Report on sanitation, dispensaries, and jails in Rajputana for 1910, and on vaccination for the year 1910-1911 - 1910-1911
Year: 1910
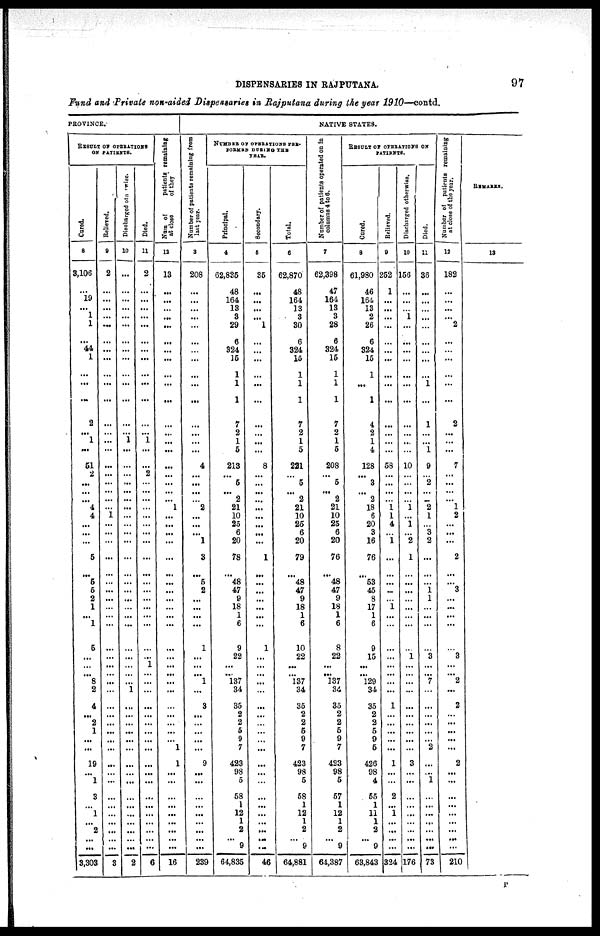
DISPENSARIES IN RAJPUTANA.
97
Fund and Private non-aided Dispensaries in Rajputana during the year 1910—contd.
PROVINCE.
RESULT OF OPERATIONS
ON PATIENTS.
Cured.
8
3,106
...
19
...
1
1
...
44
1
...
...
...
2
...
1
...
51
2
...
...
...
4
4
...
...
...
5
...
5
5
2
1
...
...
5
...
...
... 8
2
4
...
2
1
...
...
19
...
1
3
...
1
...
2
...
...
3,303
Relieved.
9
2
...
...
...
...
...
...
...
...
...
...
...
...
...
...
...
...
...
...
...
...
...
1
...
...
...
...
...
...
...
...
...
...
...
...
...
...
...
...
...
...
...
...
...
...
...
...
...
...
...
...
...
...
...
...
...
3
Discharged of n rwise.
10
...
...
...
...
...
...
...
...
...
...
...
...
...
...
1
...
...
...
...
...
...
...
...
...
...
...
...
...
...
...
...
...
...
...
...
...
...
...
...
1
...
...
...
...
...
...
...
...
...
...
...
...
...
...
...
...
2
Died.
11
2
...
...
...
...
...
...
...
...
...
...
...
...
...
1
...
...
2
...
...
...
...
...
...
...
...
...
...
...
...
...
...
...
...
...
...
1
...
...
...
...
...
...
...
...
...
...
...
...
...
...
...
...
...
...
...
6
Num of
patients remaining
at close of they
12
13
...
...
...
. ..
. ..
...
...
...
...
...
...
...
...
...
...
...
...
...
...
...
1
...
...
...
...
...
...
...
...
...
...
...
...
...
...
...
...
...
...
...
...
...
...
...
1
1
...
...
...
...
...
...
...
...
...
16
NATIVE STATES.
N umber of patients remaining from
last year.
3
208
...
...
...
...
...
...
...
...
...
...
...
...
...
...
...
4
...
...
...
...
2
...
...
...
1
3
...
5
2
...
...
...
...
1
...
...
... 1
...
3
...
...
...
...
...
9
...
...
...
...
...
...
...
...
...
239
NUMBER OF OPERATIONS PER¬
FORMED DURING THE
YEAR.
Principal.
4
62,835
48
164
13
3
29
6
324
15
1
1
1
7
2
1
5
213
...
5
...
2
21
10
25
6
20
78
...
48
47
9
18
1
6
9
22
...
...
137
34
35
2
2
5
9
7
423
98
5
58
1
12
1
2
... 9
64,835
Secondary.
5
35
...
...
...
...
1
...
...
...
...
...
...
...
...
...
...
8
...
...
...
...
...
...
. ..
...
...
1
...
...
...
...
...
...
...
1
...
...
...
...
...
...
...
...
...
...
...
...
...
...
...
...
...
...
...
...
...
46
Total.
6
62,870
48
164
13
3
30
6
324
15
1
1
1
7
2
1
5
221
...
5
...
2
21
10
25
6
20
79
...
48
47
9
18
1
6
10
22
...
...
137
34
35
2
2
5
9
7
423
98
5
58
1
12
1
2
... 9
64,881
Number of patients operated on in
columns 4 to 6.
7
62,398
47
164
13
3
28
6
324
15
1
1
1
7
2
1
5
208
...
5
...
2
21
10
25
6
20
76
...
48
47
9
18
1
6
8
22
...
...
137
34
35
2
2
5
9
7
423
98
5
57
1
12
1
2
... 9
64,387
RESULT OF OPERATIONS ON
PATIENTS.
Cured.
8
61,980
46
164
13
2
26
6
324
15
1
...
1
4
2
1
4
128
...
3
...
2
18
6
20
3
16
76
...
53
45
8
17
1
6
9
15
...
...
129
34
35
2
2
5
9
5
426
98
4
55
1
11
1
2
... 9
63,843
Relieved.
9
252
1
...
...
...
...
...
...
...
...
...
...
...
...
...
...
58
...
...
...
...
1
1
4
...
1
...
...
...
...
...
1
...
...
...
...
...
...
...
...
1
...
...
...
...
...
1
...
...
2
...
1
...
...
...
...
324
Discharged otherwise.
10
156
...
...
...
1
...
...
...
...
...
...
...
...
...
...
...
10
...
...
...
...
1
...
1
...
2
1
...
...
...
...
...
...
...
...
1
...
...
...
...
...
...
...
...
...
...
3
...
...
...
...
...
...
...
...
...
176
Died.
11
36
...
...
...
...
...
...
...
...
...
1
...
1
...
...
1
9
...
2
...
...
2
1
...
3
2
...
...
...
1
1
...
...
...
...
3
...
...
7
...
...
...
...
...
...
2
...
...
1
...
...
...
...
...
...
...
73
Number of patients remaining
at close
of the year.
12
182
...
...
...
...
2
...
...
...
...
...
...
2
...
...
...
7
...
...
...
...
1
2
...
...
...
2
...
...
3
...
...
...
...
...
3
...
... 2
...
2
...
...
...
...
...
2
...
...
...
...
...
...
...
...
...
210
REMARKS.
13
P